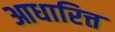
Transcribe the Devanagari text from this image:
आधारित्त